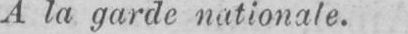
A la garde nationale.